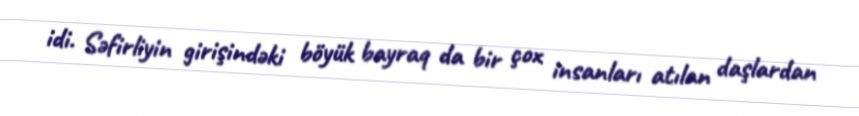
idi. Səfirliyin girişindəki böyük bayraq da bir çox insanları atılan daşlardan